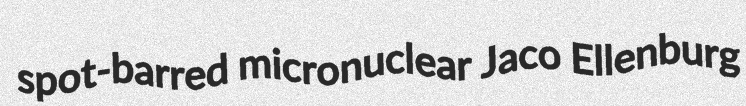
spot-barred micronuclear Jaco Ellenburg